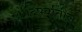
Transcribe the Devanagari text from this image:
आदिपर्वातील